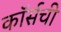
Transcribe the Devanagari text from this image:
कॉर्सची